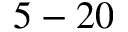
5 - 2 0